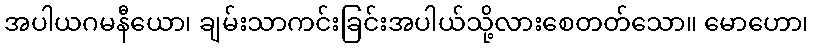
အပါယဂမနီယော၊ ချမ်းသာကင်းခြင်းအပါယ်သို့လားစေတတ်သော။ မောဟော၊